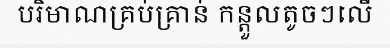
បរិមាណគ្រប់គ្រាន់ កន្តួលតូចៗលើ